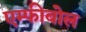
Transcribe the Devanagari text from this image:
एम्फीबोल